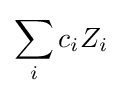
\sum _{i}c_{i}Z_{i}